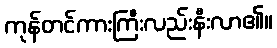
ကုန်တင်ကားကြီးလည်းနီးလာ၏။